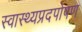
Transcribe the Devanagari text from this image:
स्वास्थ्यप्रदपोषण